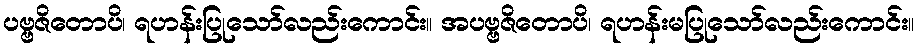
ပဗ္ဗဇိတောပိ၊ ရဟန်းပြုသော်လည်းကောင်း။ အပဗ္ဗဇိတောပိ၊ ရဟန်းမပြုသော်လည်းကောင်း။